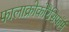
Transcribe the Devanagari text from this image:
फालाक्रोकोरैसिफॉर्म